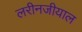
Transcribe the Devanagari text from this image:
लरीनजीयाल